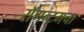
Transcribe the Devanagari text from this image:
सॅगन्टमचा